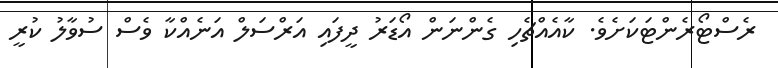
ރެސްޓޯރެންޓަކަށެވެ. ކާއެއްޗެހި ގެންނަން އޯޑަރު ދީފައި އަރްސަލް އަނެއްކާ ވެސް ސުވާލު ކުރީ